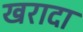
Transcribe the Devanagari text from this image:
खरादा